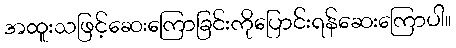
အထူးသဖြင့်ဆေးကြောခြင်းကိုပြောင်းရန်ဆေးကြောပါ။